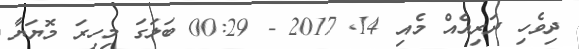
ދިވެހި ދަރިއެއް މެއި 14